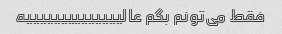
فقط می‌تونم بگم عالییییییییییییییه